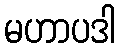
မဟာပဒါ